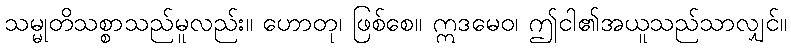
သမ္မုတိသစ္စာသည်မူလည်း။ ဟောတု၊ ဖြစ်စေ။ ဣဒမေဝ၊ ဤငါ၏အယူသည်သာလျှင်။